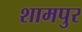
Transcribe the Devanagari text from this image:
शामपुर